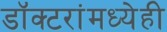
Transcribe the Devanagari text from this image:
डॉक्‍टरांमध्येही